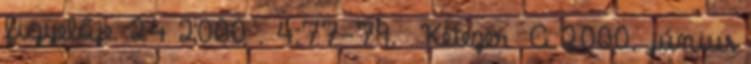
figyelője. 24 2000 . 4:77-79. Kétezer A 2000. június